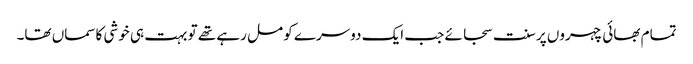
تمام بھائی چہروں پر سنت سجائے جب ایک دوسرے کو مل رہے تھے تو بہت ہی خوشی کاسماں تھا۔